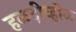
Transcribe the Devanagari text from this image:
हळदीव्होळ